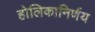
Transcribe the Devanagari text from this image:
होलिकानिर्णय